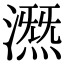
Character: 𣾤